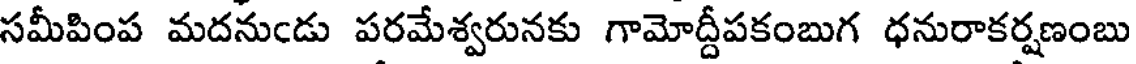
సమీపింప మదనుండు పరమేశ్వరునకు గామోద్దీపకంబుగ ధనురాకర్షణంబు